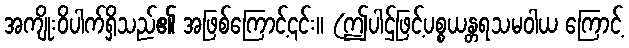
အကျိုးဝိပါက်ရှိသည်၏ အဖြစ်ကြောင့်၎င်း။ (ဤပါဌ်ဖြင့်ပစ္စယန္တရသမဝါယ ကြောင့်